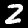
Digit: 2